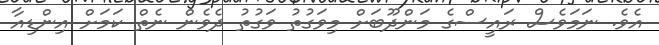
އެވެ. ނަމަވެސް ރައީސްގެ މަންދޫބަށް މިވަގުތު ވަގުތު ދެވެން ނެތް ކަމަށް އިންޑިއާ